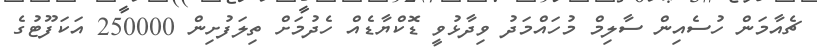
ޗެއާމަން ހުސެއިން ސާލިމް މުހައްމަދު ވިދާޅުވީ ޑޮކްޔާޑެއް ހެދުމަށް ތިލަފުށިން 250000 އަކަފޫޓުގެ